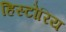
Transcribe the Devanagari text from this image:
हिस्टोरिय